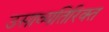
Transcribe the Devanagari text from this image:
उसाव्यतिरिक्त